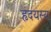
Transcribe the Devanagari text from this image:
हृदयस्य